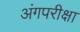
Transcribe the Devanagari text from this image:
अंगपरीक्षा